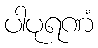
ပါပုရဏံ